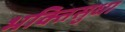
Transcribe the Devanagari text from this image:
भक्तिसुधा